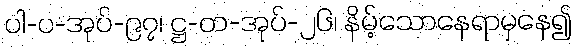
ပါ-ပ-အုပ်-၉၇၊ ဋ္ဌ-တ-အုပ်-၂၆၊ နိမ့်သောနေရာမှနေ၍